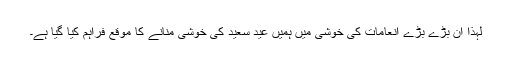
لہذا اِن بڑے بڑے انعامات کی خوشی میں ہمیں عیدِ سعید کی خوشی منانے کا موقع فراہم کیا گیا ہے۔